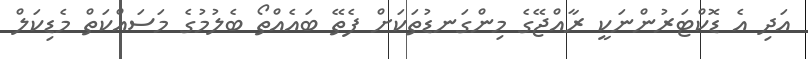
އަދި އެ ޑޮކްޓަރުންނަކީ ރާއްޖޭގެ މިންގަނޑުތަކަށް ފެތޭ ބައެއްތޯ ބެލުމުގެ މަސައްކަތް މެޑިކަލް